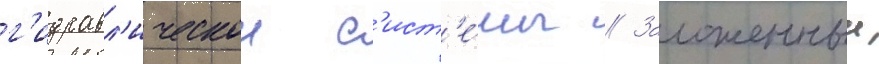
г'идравл'ическои с'ист'е́мы // Заложенныи